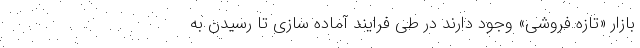
بازار «تازه فروشی» وجود دارند در طی فرایند آماده سازی تا رسیدن به